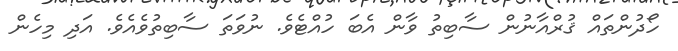
ހޯދުންތައް ޤުރްއާނުން ސާބިތު ވާން އެބަ ހުއްޓެވެ. ނުވަތަ ސާބިތުވެއެވެ. އަދި މިހެން